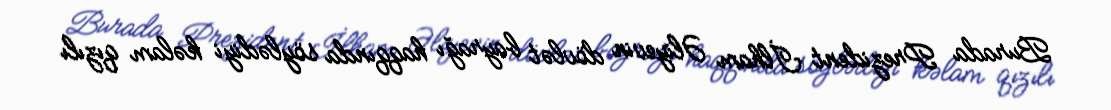
Burada Prezident İlham Əliyevin dövlət bayrağı haqqında söylədiyi kəlam qızılı